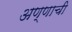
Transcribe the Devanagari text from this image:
अण्णाची